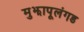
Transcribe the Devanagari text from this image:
मुझापूलंगड